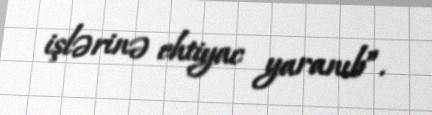
işlərinə ehtiyac yaranıb”.